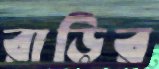
রাড়ির